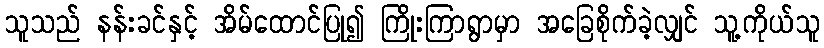
သူသည် နန်းခင်နှင့် အိမ်ထောင်ပြု၍ ကြိုးကြာရွာမှာ အခြေစိုက်ခဲ့လျှင် သူ့ကိုယ်သူ